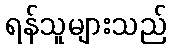
ရန်သူများသည်